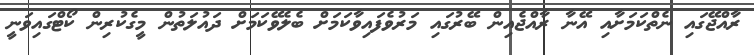
ރާއްޖޭގައި ނެތްކަމަށާއި އޭނާ ރާއްޖެއިން ބޭރުގައި މަރުވެފައިވާކަމަށް ބެލެވޭކަމަށް ދައުލަތުން މީގެކުރިން ކޯޓްގައިވަނީ